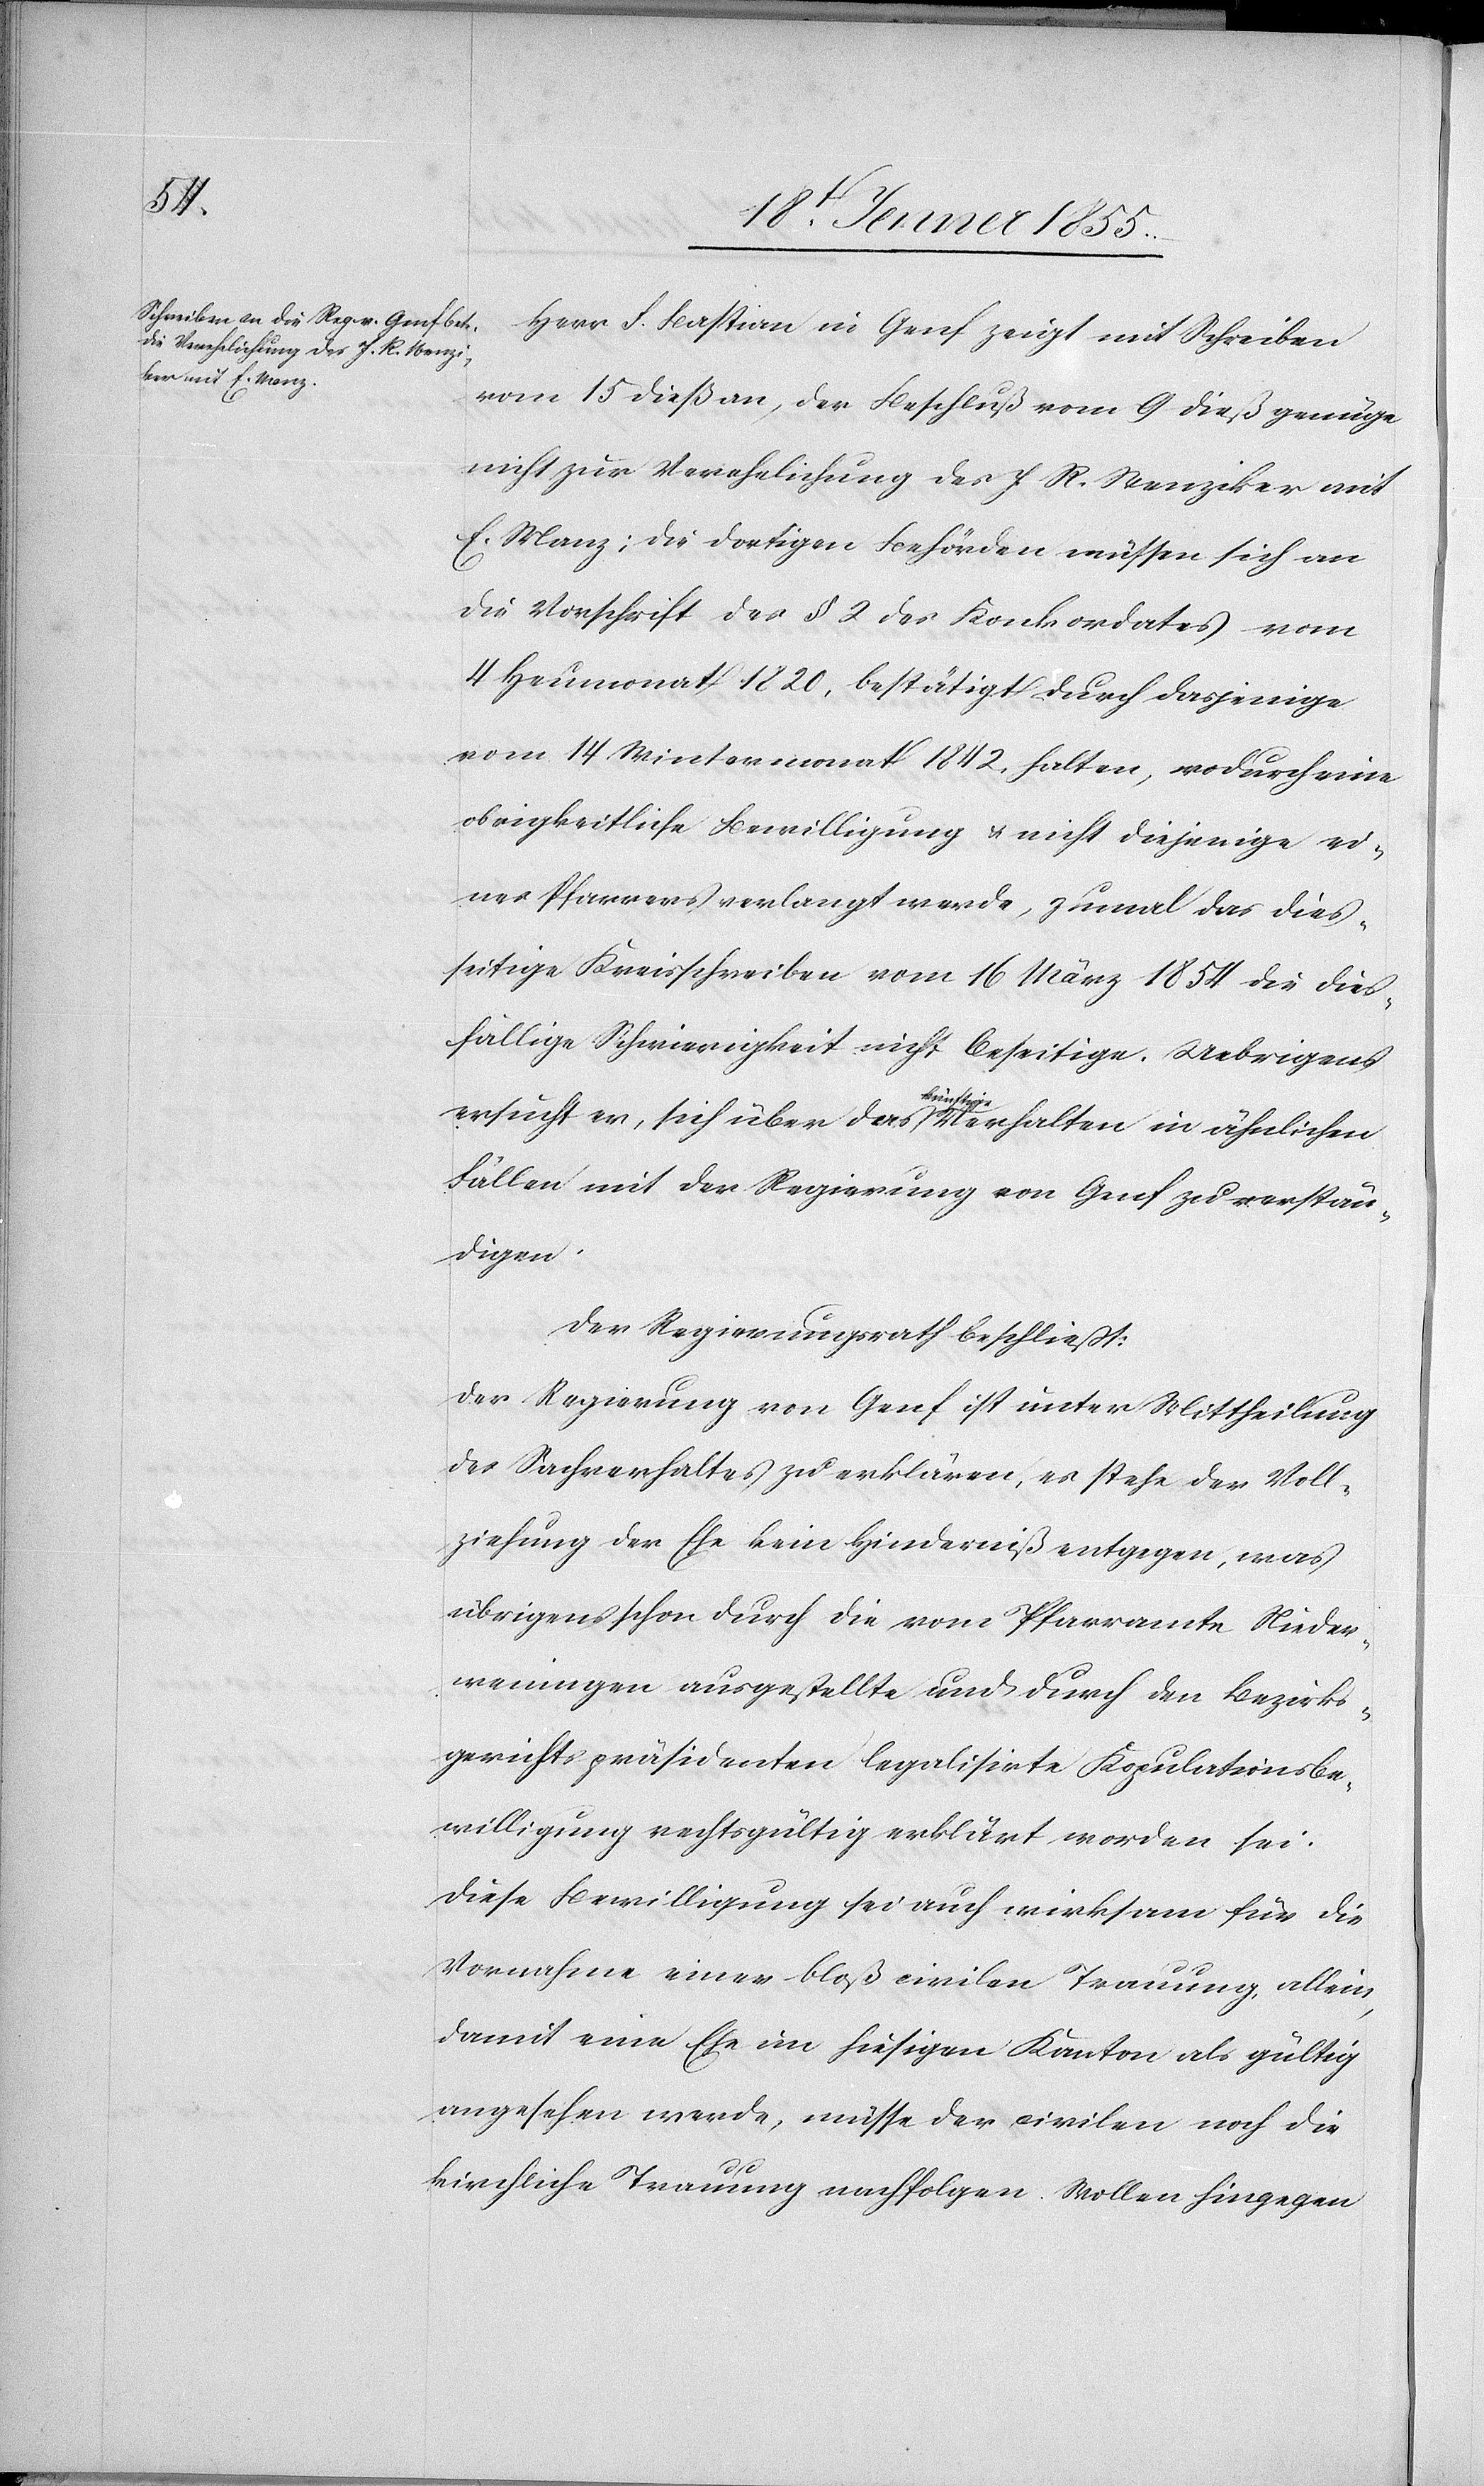
Herr F. Bastian in Genf zeigt mit Schreiben
vom 15 dieß an, der Beschluß vom 9 dieß genüge
nicht zur Verehelichung des J. R. Wenziker mit
E. Manz; die dortigen Behörden müssen sich an
die Vorschrift des § 2 des Konkordates vom
4 Heumonat 1820, bestätigt durch dasjenige
vom 14 Wintermonat 1842. halten, wodurch eine
obrigkeitliche Bewilligung & nicht diejenige ei¬
nes Pfarrers verlangt werde, zumal das dies¬
seitige Kreisschreiben vom 16 März 1854 die dies¬
fällige Schwierigkeit nicht beseitige. Uebrigens
ersucht er, sich über das künftige Verhalten in ähnlichen
Fällen mit der Regierung von Genf zu verstän¬
digen.
Der Regierungsrath beschliesst:
Der Regierung von Genf ist unter Mittheilung
des Sachverhaltes zu erklären, es stehe der Voll¬
ziehung der Ehe kein Hinderniß entgegen, was
übrigens schon durch die vom Pfarramte Nieder¬
weningen ausgestellte und durch den Bezirks¬
gerichtspräsidenten legalisirte Kopulationsbe¬
willigung rechtsgültig erklärt worden sei.
Diese Bewilligung sei auch wirksam für die
Vornahme einer bloß civilen Trauung, allein,
damit eine Ehe im hiesigen Kanton als gültig
angesehen werde, müsse der civilen noch die
kirchliche Trauung nachfolgen. Wollen hingegen